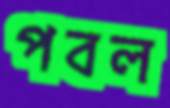
পবল